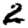
Digit: 2